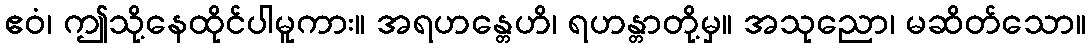
ဧဝံ၊ ဤသို့နေထိုင်ပါမူကား။ အရဟန္တေဟိ၊ ရဟန္တာတို့မှ။ အသုညော၊ မဆိတ်သော။